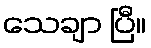
သေချာ ပြီ။